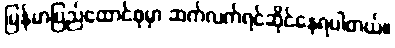
မြန်မာပြည်ထောင်စုမှာ ဆက်လက်ရင်ဆိုင်နေရပါတယ်။